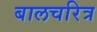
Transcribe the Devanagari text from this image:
बालचरित्र